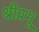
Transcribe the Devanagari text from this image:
श्रीप्रभू